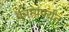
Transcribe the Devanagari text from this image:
कामांपर्यंत